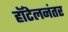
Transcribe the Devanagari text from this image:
हॉटेलनंतर